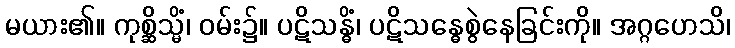
မယား၏။ ကုစ္ဆိသ္မိံ၊ ဝမ်း၌။ ပဋိသန္ဓိံ၊ ပဋိသန္ဓေစွဲနေခြင်းကို။ အဂ္ဂဟေသိ၊